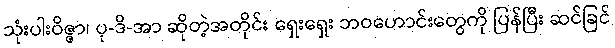
သုံးပါးဝိဇ္ဇာ၊ ပု-ဒိ-အာ ဆိုတဲ့အတိုင်း ရှေးရှေး ဘဝဟောင်းတွေကို ပြန်ပြီး ဆင်ခြင်